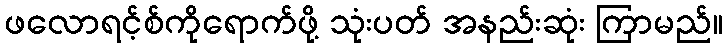
ဖလောရင့်စ်ကိုရောက်ဖို့ သုံးပတ် အနည်းဆုံး ကြာမည်။